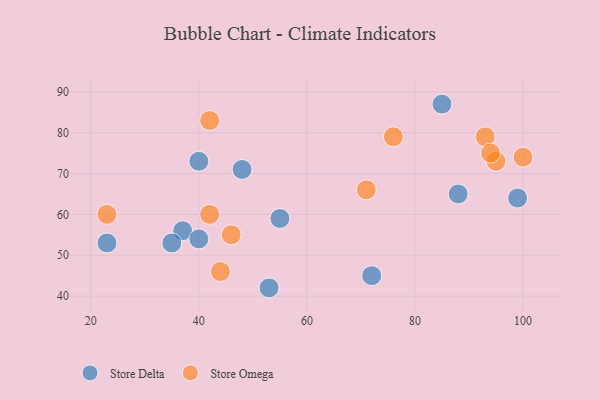
{"axis": {"x": "GDP", "y": "Life Expectancy"}, "legend": ["Store Delta", "Store Omega"], "data": [{"x": "37", "y": 56, "type": "Store Delta"}, {"x": "40", "y": 73, "type": "Store Delta"}, {"x": "23", "y": 53, "type": "Store Delta"}, {"x": "40", "y": 54, "type": "Store Delta"}, {"x": "99", "y": 64, "type": "Store Delta"}, {"x": "85", "y": 87, "type": "Store Delta"}, {"x": "35", "y": 53, "type": "Store Delta"}, {"x": "55", "y": 59, "type": "Store Delta"}, {"x": "72", "y": 45, "type": "Store Delta"}, {"x": "88", "y": 65, "type": "Store Delta"}, {"x": "48", "y": 71, "type": "Store Delta"}, {"x": "53", "y": 42, "type": "Store Delta"}, {"x": "23", "y": 60, "type": "Store Omega"}, {"x": "95", "y": 73, "type": "Store Omega"}, {"x": "93", "y": 79, "type": "Store Omega"}, {"x": "71", "y": 66, "type": "Store Omega"}, {"x": "94", "y": 75, "type": "Store Omega"}, {"x": "76", "y": 79, "type": "Store Omega"}, {"x": "42", "y": 60, "type": "Store Omega"}, {"x": "42", "y": 83, "type": "Store Omega"}, {"x": "44", "y": 46, "type": "Store Omega"}, {"x": "100", "y": 74, "type": "Store Omega"}, {"x": "46", "y": 55, "type": "Store Omega"}]}